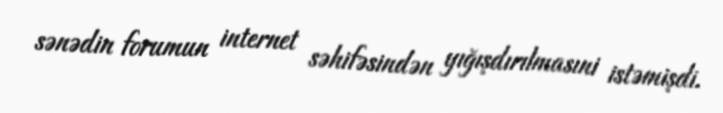
sənədin forumun internet səhifəsindən yığışdırılmasıni istəmişdi.